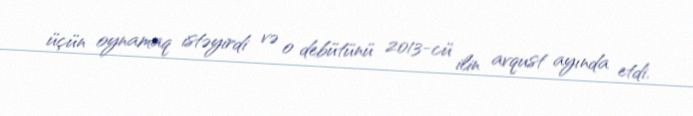
üçün oynamaq istəyirdi və o debütünü 2013-cü ilin avqust ayında etdi.